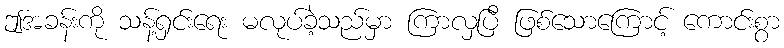
ဤအခန်းကို သန့်ရှင်းရေး မလုပ်ခဲ့သည်မှာ ကြာလှပြီ ဖြစ်သောကြောင့် ကောင်းစွာ